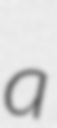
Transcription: a